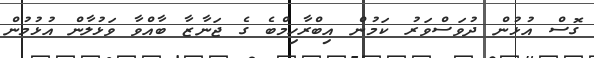
ގޮސް އުޅުން ދުވަސްވަރު ކަމުން އިބްރާހިމްބެ ގެ ޖަނާޒާ ބާއްވާ ވަޅުލާން އުޅުމުން